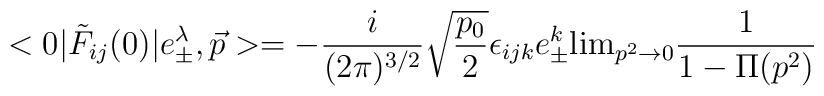
<0|\tilde F_{ij}(0)|e^\lambda_{\pm}, {\vec p}>=-{i\over (2\pi)^{3/2}} \sqrt{p_0\over 2}\epsilon_{ijk}e_{\pm}^k{\rm lim}_{p^2\rightarrow 0}{1\over 1-\Pi(p^2)}